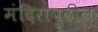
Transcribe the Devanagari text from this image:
मंदिरापुढील